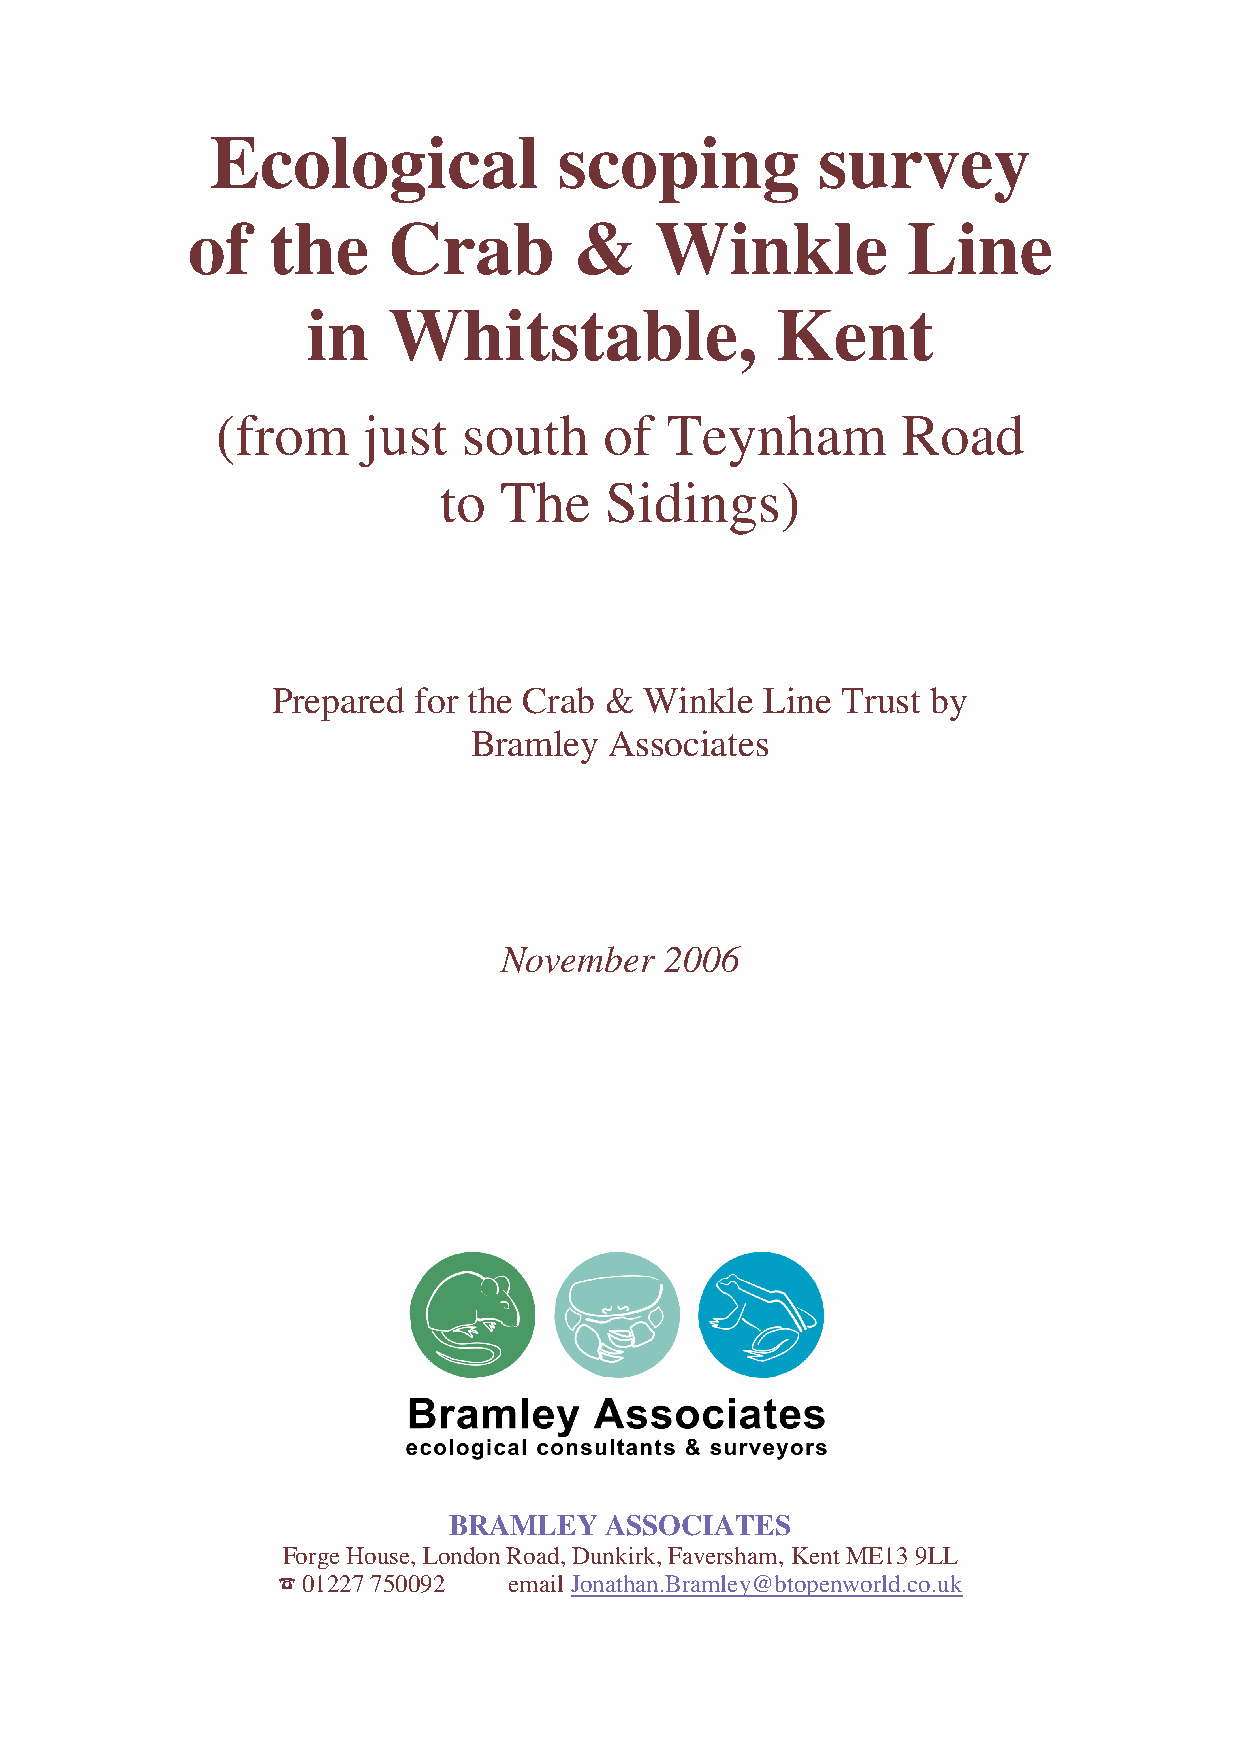
Ecological             scoping          survey
 of    the     Crab        &    Winkle           Line
 in    Whitstable,              Kent
 (from     just   south    of  Teynham         Road
 to  The    Sidings)
 Prepared for the Crab &  Winkle  Line Trust by
 Bramley  Associates
 November   2006
 BRAMLEY   ASSOCIATES
 Forge House, London Road, Dunkirk, Faversham, Kent ME13 9LL
 % 01227 750092  email Jonathan.Bramley@btopenworld.co.uk